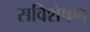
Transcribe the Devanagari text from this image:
सविशेषण